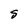
Character: S